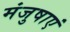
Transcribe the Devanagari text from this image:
मंजुषाएं